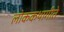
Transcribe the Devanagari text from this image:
लोककथागीते